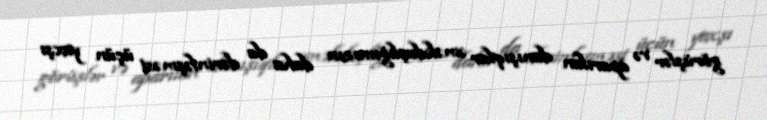
görüşlər və aparılan danışıqlar əməkdaşlığımızın daha da dərinləşməsi üçün yaxşı